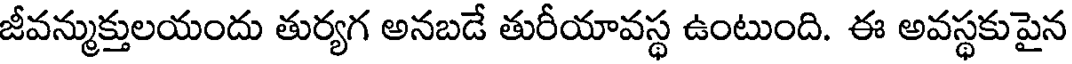
జీవన్ముక్తులయందు తుర్యగ అనబడే తురీయావస్థ ఉంటుంది. ఈ అవస్థకుపైన